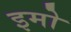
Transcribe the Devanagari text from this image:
इमो